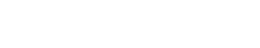
ကြည့်ရှုစောင့်ရှောက်ခဲ့ကြပါတယ်။